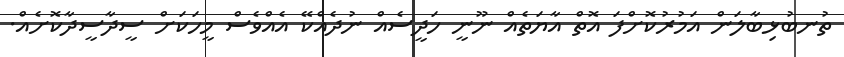
ތުނބުޅިބާލަން އަމުރުކޮށްފަ އޮތް އާޔަތެއް ނޫނީ ހަދީސެއް ނުދެއްކޭ އެއްވެސް މީހަކަށް ސީދާސީދާކޮށެއް.